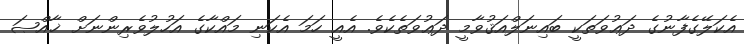
އެކަލޭގެފާނުގެ ދަޢުވަތަކީ ބައިނަލްއަޤުވާމީ ދަޢުވަތެކެވެ. އެއީ ހަމަ އެކަނި މައްކާގެ އަހުލުވެރިންނަށް ޚާއްޞަ